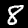
Label: 8